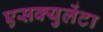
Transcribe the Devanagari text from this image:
एसक्युलेंटा